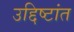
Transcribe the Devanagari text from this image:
उद्दिष्टांत